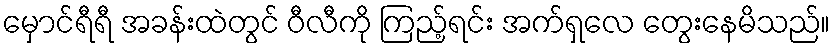
မှောင်ရီရီ အခန်းထဲတွင် ဝီလီကို ကြည့်ရင်း အက်ရှလေ တွေးနေမိသည်။